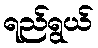
ရည်ရွယ်